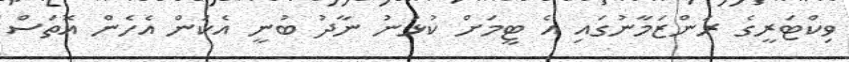
ވިކްޓަރީގެ ރަންޒަމާނުގައި އެ ޓީމަށް ކުޅުނު ނާދު ބުނީ އެކަން އެހެން އޮތަސް